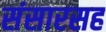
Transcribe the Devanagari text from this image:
संसारसह